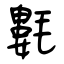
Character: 氀